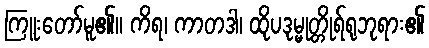
ကြူးတော်မူ၏။ ကိရ၊ ကာတဒါ၊ ထိုပဒုမ္မုတ္တိုရ်ရုဘုရား၏